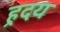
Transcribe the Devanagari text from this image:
र्‍हदय